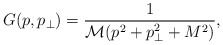
\begin{align*}G(p,p_\perp)=\frac{1}{\mathcal{M}(p^2+p_\perp^2+M^2)},\end{align*}